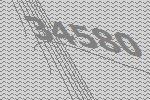
34580